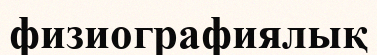
физиографиялық